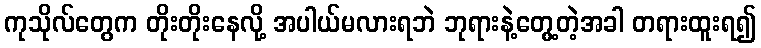
ကုသိုလ်တွေက တိုးတိုးနေလို့ အပါယ်မလားရဘဲ ဘုရားနဲ့တွေ့တဲ့အခါ တရားထူးရ၍